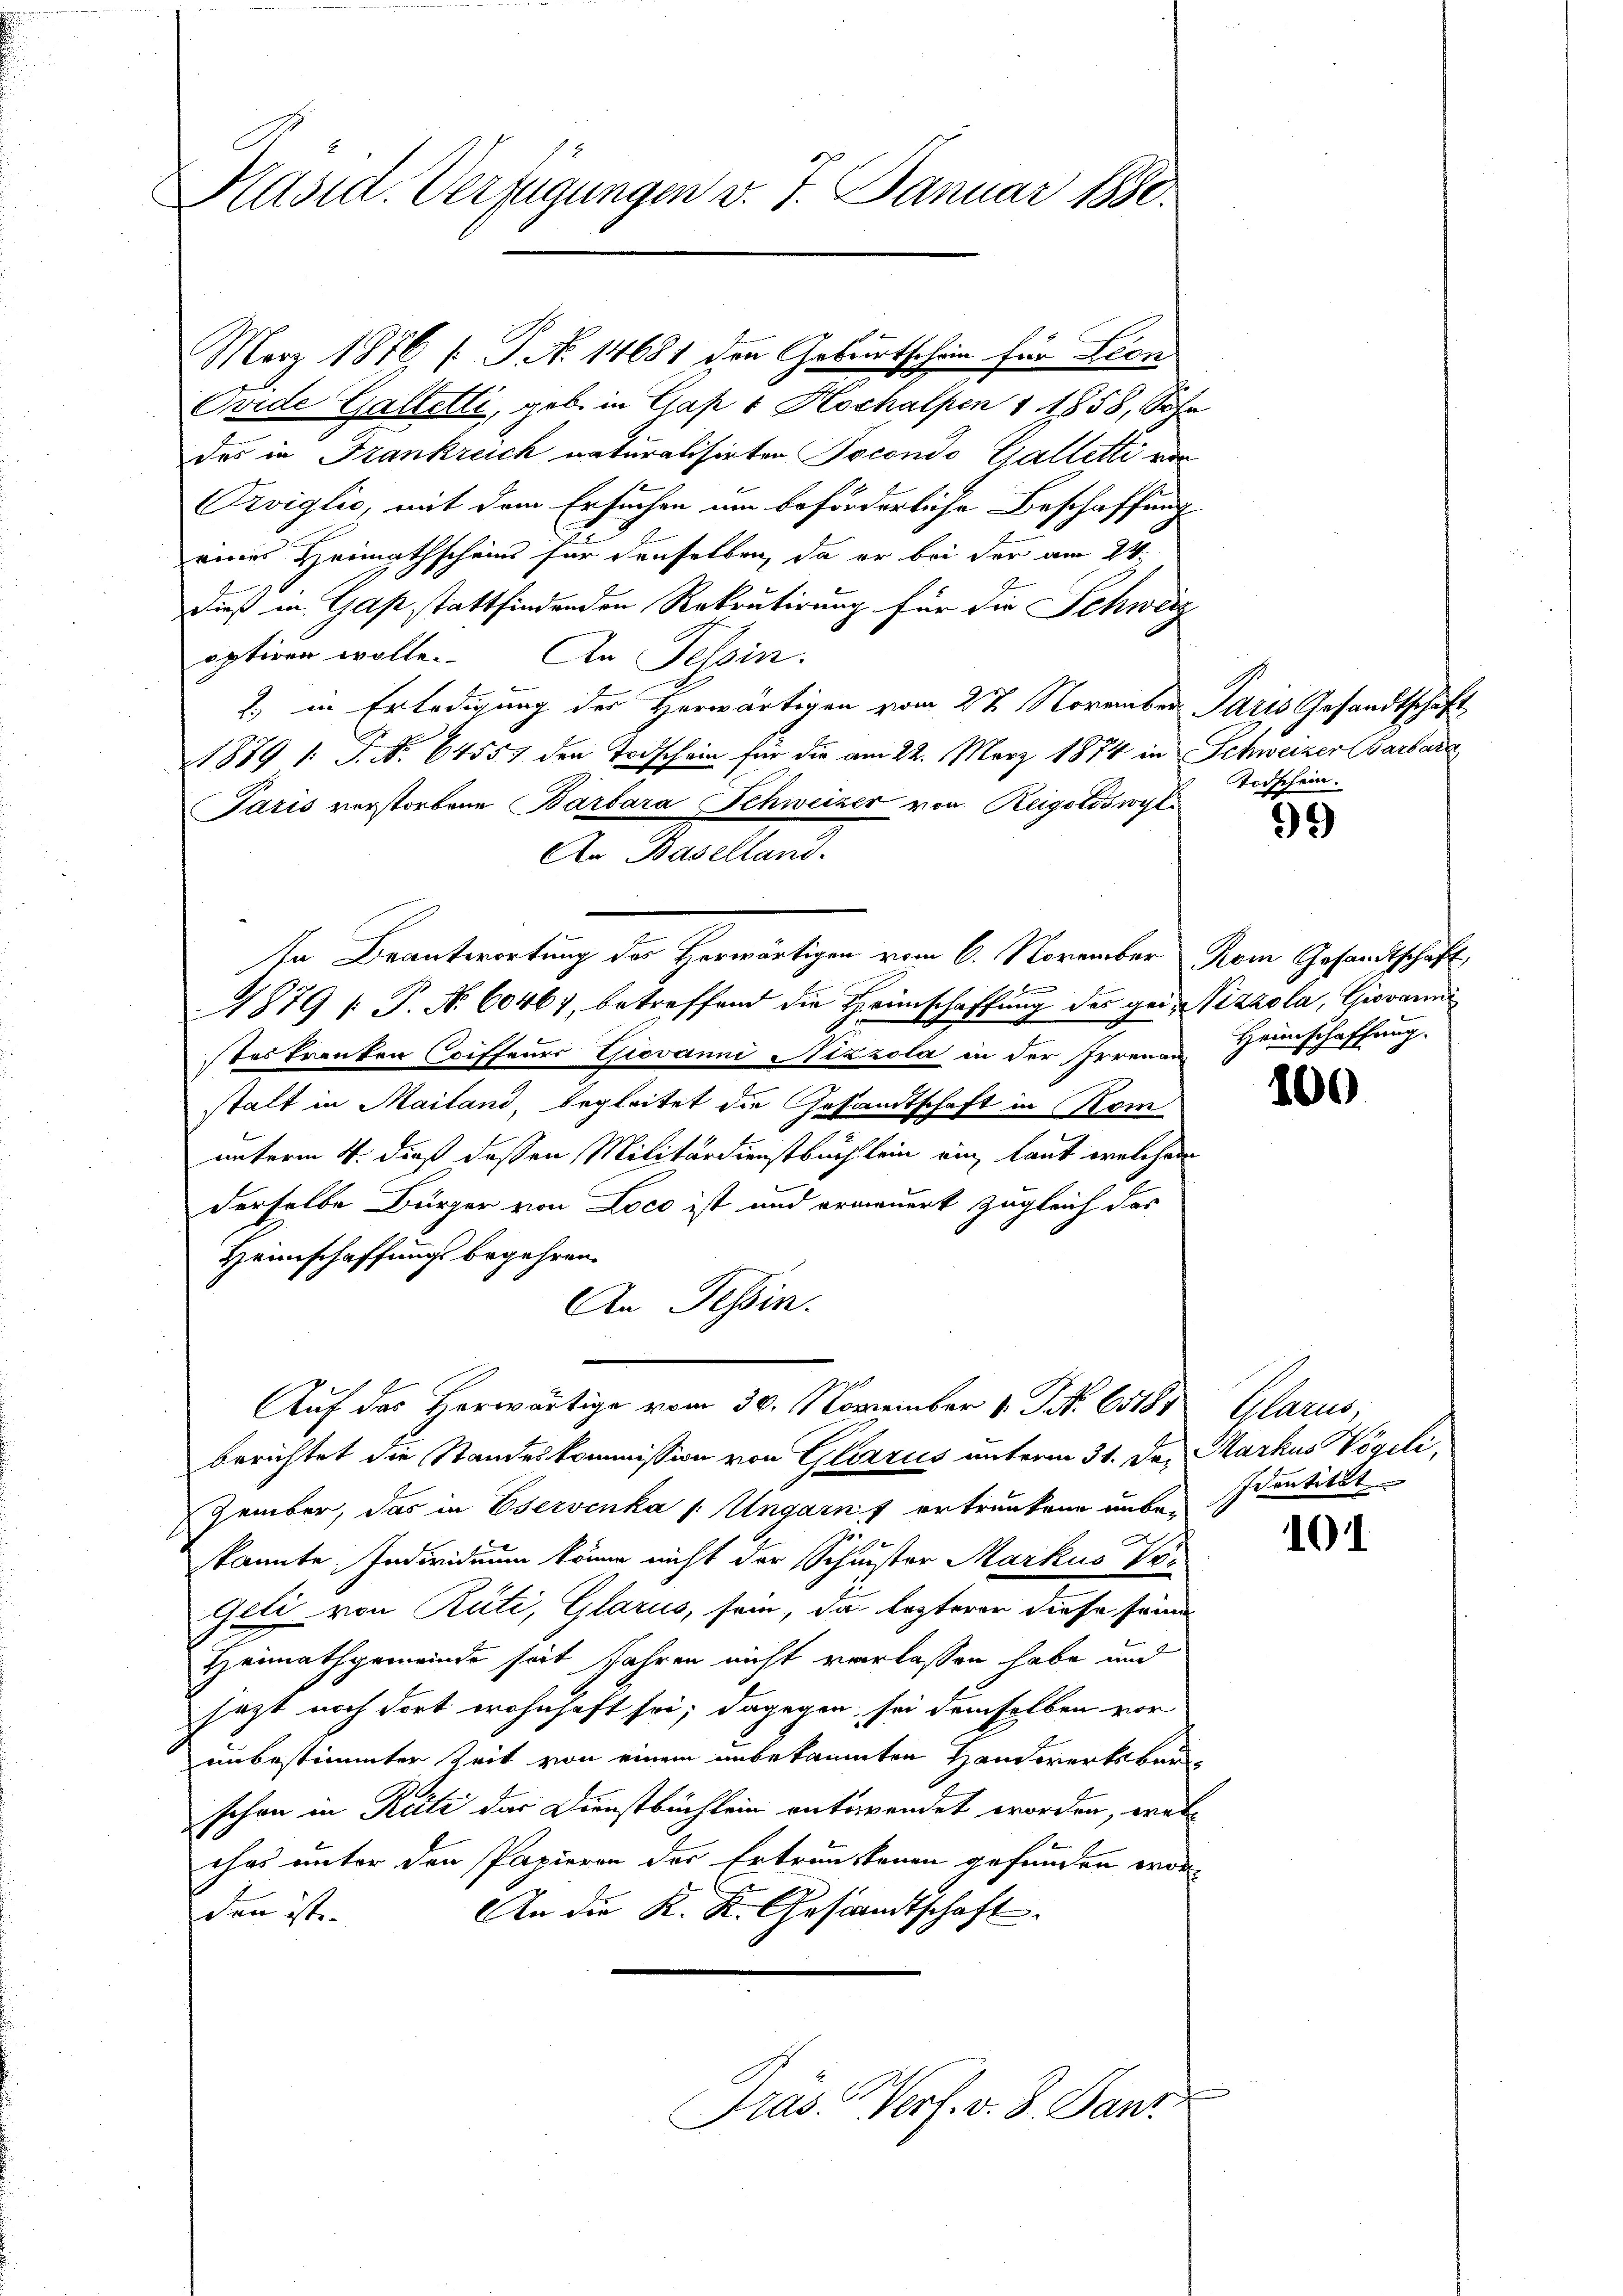
Päsid. Verfügungen v. 7. Januar 1880.

Evide Galletti, geb. in Gaß 1 Hochalpen 1 1858, Sohn
des in Frankreich naturalisirten Pocondo Galletti vor
Orviglio, mit dem Ersuchen am beförderliche Beschaffung
eines Heimathscheins für denselben, da er bei der am 24.
dieß in Gas stattfindenden Rekrutirung für die Schweiz
optiren wolle. An Felsin.
2) in Erledigung der Herwärtigen vom 27. November Paris Gesandtschaft
1879 1: P. Nr. 64557 den Todschein für die am 22. März 1874 in Schweizer Barbara
Paris verstorbene Barbara Schweizer von Reigoldswyl
An Baselland.
In Beantwortung des Horwärtigen vom 6. November Rom Gesandtschaft,
f
1879 [ P. Nr. 6046), betreffend die Heimschaffung des gei Nizzola, Giovanni
steskranken Coiffeurs Giovanni Nizzola in der Irrenau Heimschaffung.
stalt in Mailand, begleitet die Gesandtschaft in Kom
unterm 4. dieß dessen Militärdienstbuchlein ein, laut welchem
derselbe Bürger von Loco ist und ermauert zugleich das
Heimschaffungsbegehren.
An Tessin.
Auf des Herwärtige vom 30. November 1 S. 6518. Glarus,
berichtet die Standeskommission von Glarus unterm 31. de. Markus Vögeli,
zember, das in Eservenka /: Ungarns ertrunkene ueber sentität
e
skannte. Individuum könne nicht der Schwister Markus Vö-
Geli von Rüti, Glarus, sein, da lezterer diese sein
Heimathgemeinde seit Jahren nicht verlassen habe und
jezt noch dort wohnhaft sei; dagegen sei demselben vor
unbestimmter Zeit von einem unbekannten Handwerksbau
schon in Reite der Dienstbüchlein entwendet worden, erabches unter den Papieren des Ertrunstenen gefunden wor¬
An die K. K. Gesandtschaft.
den ist.
Pras. Verf. v. 8. Janz

März 1876 ( P. N. 14681 den Geburtschein für Leon

Todschein.

92)

100

101